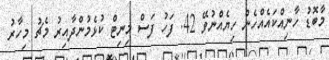
މާބޮޑު ހާނިއްކައެއްހެން ހިޔެއްނުވޭ 42. ފަހު ފަސް މިނިޓް ކުޅެމުންދާއިރު މެޗު މިހާރު